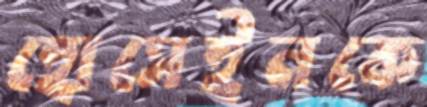
হোসেইনকে